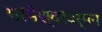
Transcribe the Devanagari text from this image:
परमेश्वरवर्मन